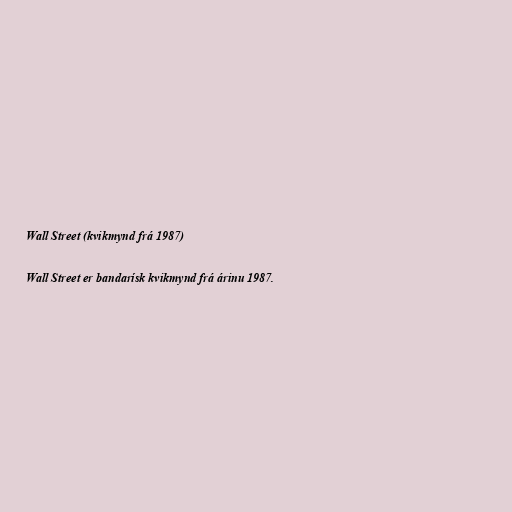
Wall Street (kvikmynd frá 1987)

Wall Street er bandarísk kvikmynd frá árinu 1987.